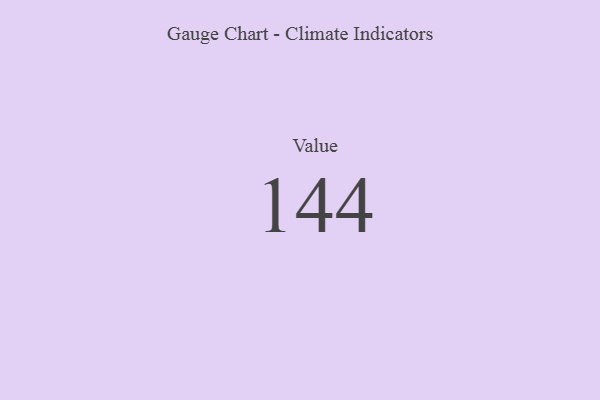
{"axis": {"x": "Metric", "y": "Value"}, "legend": [""], "data": [{"x": "Value", "y": 144, "type": ""}]}